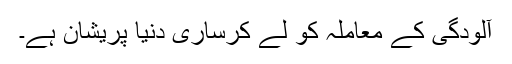
آلودگی کے معاملہ کو لے کرساری دنیا پریشان ہے۔